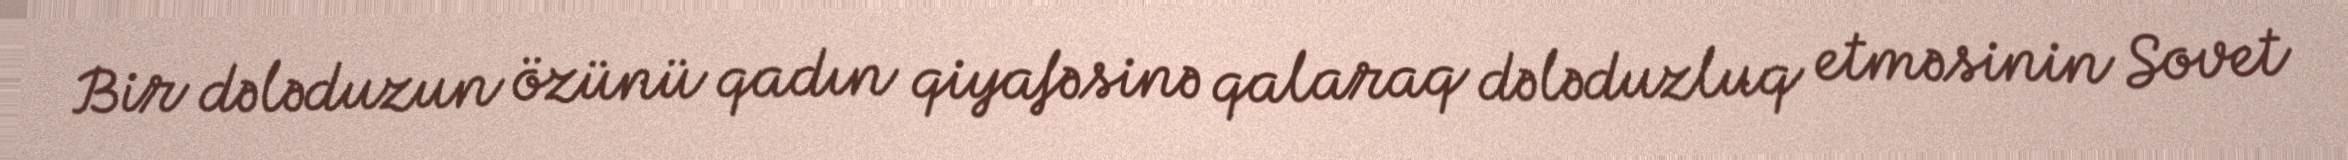
Bir dələduzun özünü qadın qiyafəsinə qalaraq dələduzluq etməsinin Sovet